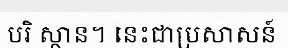
បរិ ស្ថាន។ នេះជាប្រសាសន៍